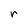
Character: r